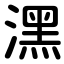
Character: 潶